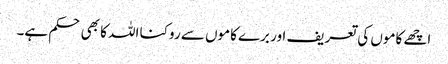
اچھے کاموں کی تعریف اور برے کاموں سے روکنا اللہ کا بھی حکم ہے۔